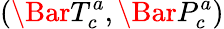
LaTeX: (\Bar{T}_{c}^{a},\Bar{P}_{c}^{a})